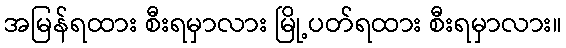
အမြန်ရထား စီးရမှာလား မြို့ပတ်ရထား စီးရမှာလား။